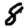
Digit: 8